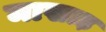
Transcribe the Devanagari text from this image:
माखाड़